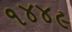
૧૪૪૯